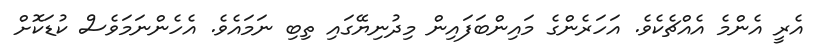
އެރީ އެންމެ އެއްޗެކެވެ. އަހަރެންގެ މައިންބަފައިން މިދުނިޔޭގައި ތިބި ނަމައެވެ. އެހެންނަމަވެސް ކުޑަކޮށް